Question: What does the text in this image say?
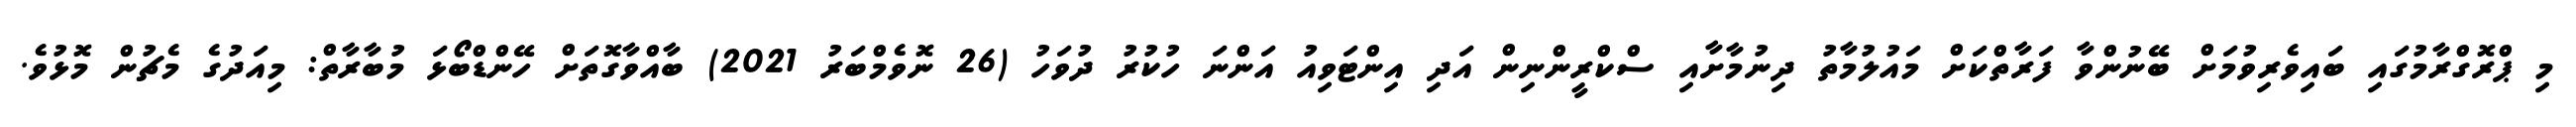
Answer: މި ޕްރޮގްރާމުގައި ބައިވެރިވުމަށް ބޭނުންވާ ފަރާތްކަށް މައުލުމާތު ދިނުމާށާއި ސްކްރީންނިން އަދި އިންޓަވިއު އަންނަ ހުކުރު ދުވަހު (26 ނޮވެމްބަރު 2021) ބާއްވާގޮތަށް ހޭންޑްބޯޅަ މުބާރާތް: މިއަދުގެ މެޗުން މޮޅުވެ.